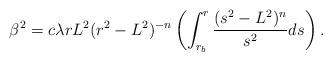
LaTeX: \begin{align*}\beta^{2}=c\lambda rL^{2}(r^{2}-L^{2})^{-n}\left(\int_{r_{b}}^{r}\frac{(s^{2}-L^{2})^{n}}{s^{2}}ds\right). \end{align*}